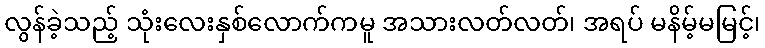
လွန်ခဲ့သည့် သုံးလေးနှစ်လောက်ကမူ အသားလတ်လတ်၊ အရပ် မနိမ့်မမြင့်၊